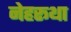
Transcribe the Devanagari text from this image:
नेहरूथा